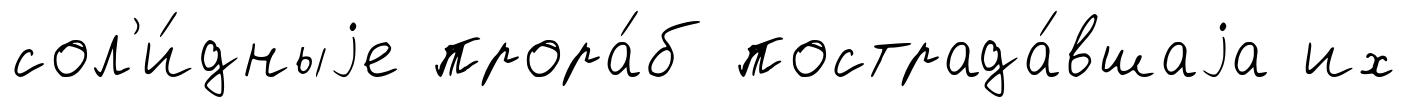
сол'и́дныjе прора́б пострада́вшаjа их